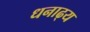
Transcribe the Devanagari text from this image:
धनाढ्‍य